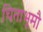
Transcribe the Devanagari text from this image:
चिताभूमौ